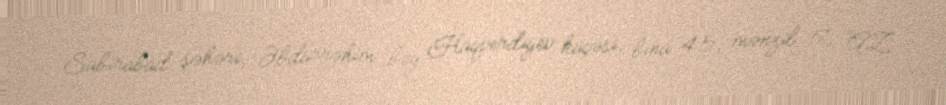
Sabirabad şəhəri, Əbdürrəhim bəy Haqverdiyev küçəsi, bina 45, mənzil 17, AZ